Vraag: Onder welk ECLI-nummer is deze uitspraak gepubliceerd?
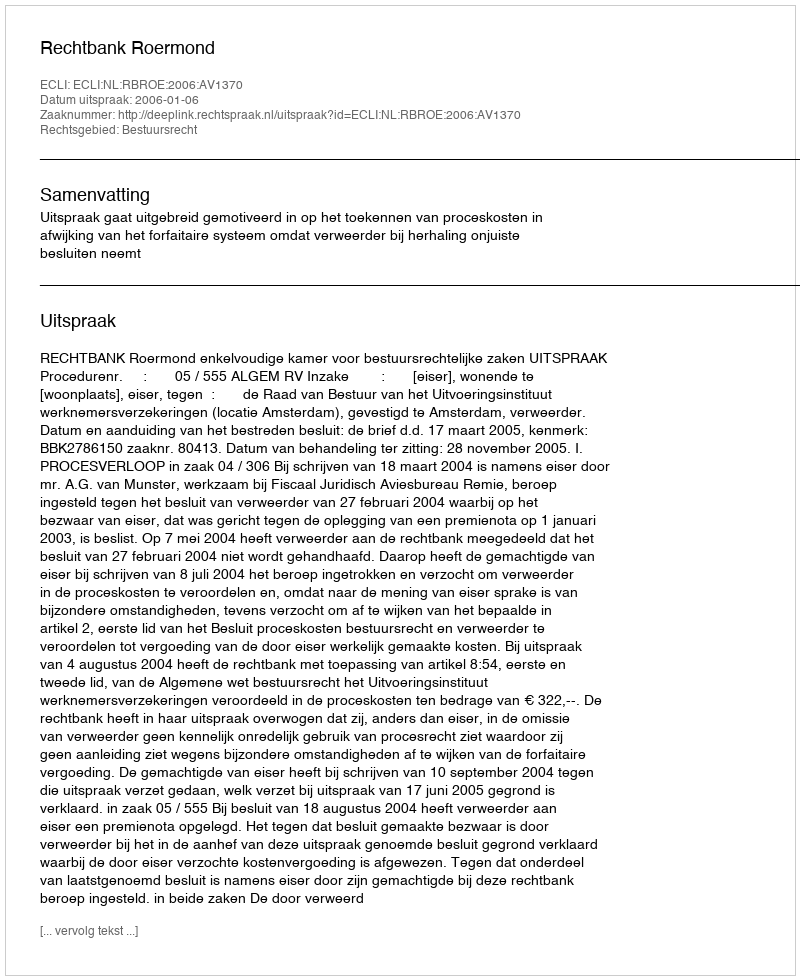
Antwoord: ECLI:NL:RBROE:2006:AV1370